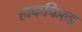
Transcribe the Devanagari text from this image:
हाकफिल्ड